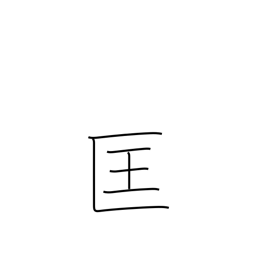
Meaning: correct